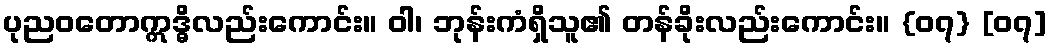
ပုညဝတောဣဒ္ဓိလည်းကောင်း။ ဝါ၊ ဘုန်းကံရှိသူ၏ တန်ခိုးလည်းကောင်း။ {၀၇} [၀၇]